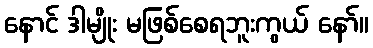
နောင် ဒါမျိုး မဖြစ်စေရဘူးကွယ် နော်။